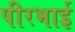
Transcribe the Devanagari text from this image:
पीरभाई